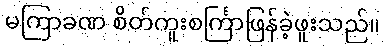
မကြာခဏ စိတ်ကူးစင်္ကြာဖြန်ခဲ့ဖူးသည်။